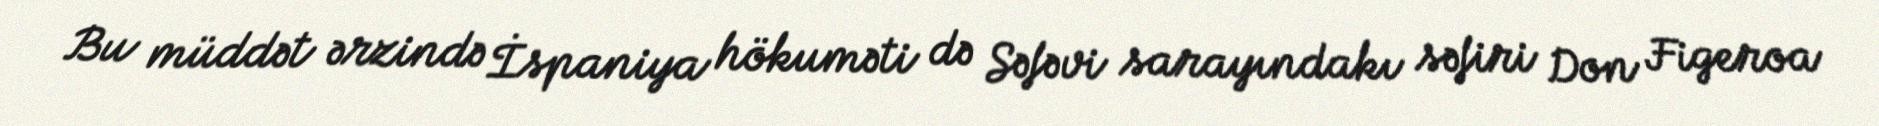
Bu müddət ərzində İspaniya hökuməti də Səfəvi sarayındakı səfiri Don Figeroa